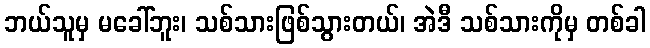
ဘယ်သူမှ မခေါ်ဘူး၊ သစ်သားဖြစ်သွားတယ်၊ အဲဒီ သစ်သားကိုမှ တစ်ခါ